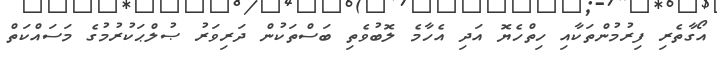
އޯގާތެރި ފިރުމުންތަކާއި ހިތްހެޔޮ އަދި އެހާމެ ލޮބުވެތި ބަސްތަކުން ދަރިވަރު ޞުލްޙަކުރުމުގެ މަސައްކަތް